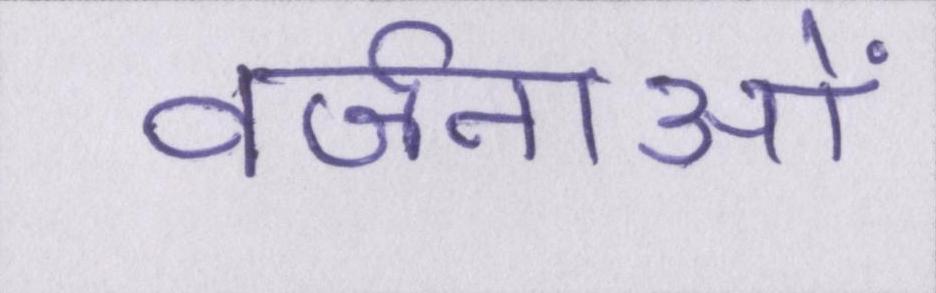
वर्जनाओं